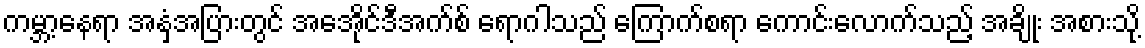
ကမ္ဘာ့နေရာ အနှံ့အပြားတွင် အေအိုင်ဒီအက်စ် ရောဂါသည် ကြောက်စရာ ကောင်းလောက်သည့် အချိုး အစားသို့